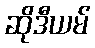
ဆိုဒီယမ်